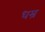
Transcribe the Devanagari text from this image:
धम्र